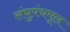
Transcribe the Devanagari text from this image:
लंघुपंचमूल